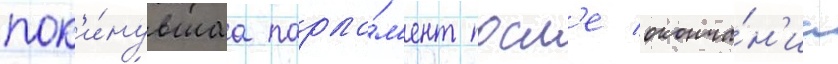
пок'и́нувшаа парла́м'ент посл'е оконча́н'иа